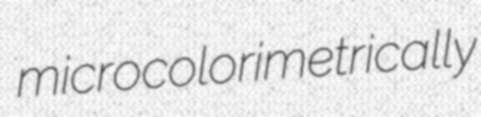
microcolorimetrically